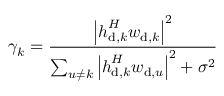
\gamma _ { k } = \frac { { { { \left| { { \boldsymbol { h } } _ { \mathrm { { d } } , k } ^ { H } { \boldsymbol { w } _ { { \mathrm { d } } , k } } } \right| } ^ { 2 } } } } { { \sum _ { u \ne k } { { { \left| { \boldsymbol { h } _ { \mathrm { { d } } , k } ^ { H } { \boldsymbol { w } _ { { \mathrm { d } } , u } } } \right| } ^ { 2 } } } + { \sigma ^ { 2 } } } }